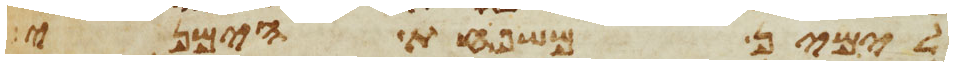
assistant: לימין משפחת הימיני